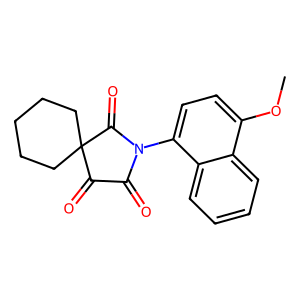
SMILES: COc1ccc(N2C(=O)C(=O)C3(CCCCC3)C2=O)c2ccccc12
Inhibits HIV replication: No